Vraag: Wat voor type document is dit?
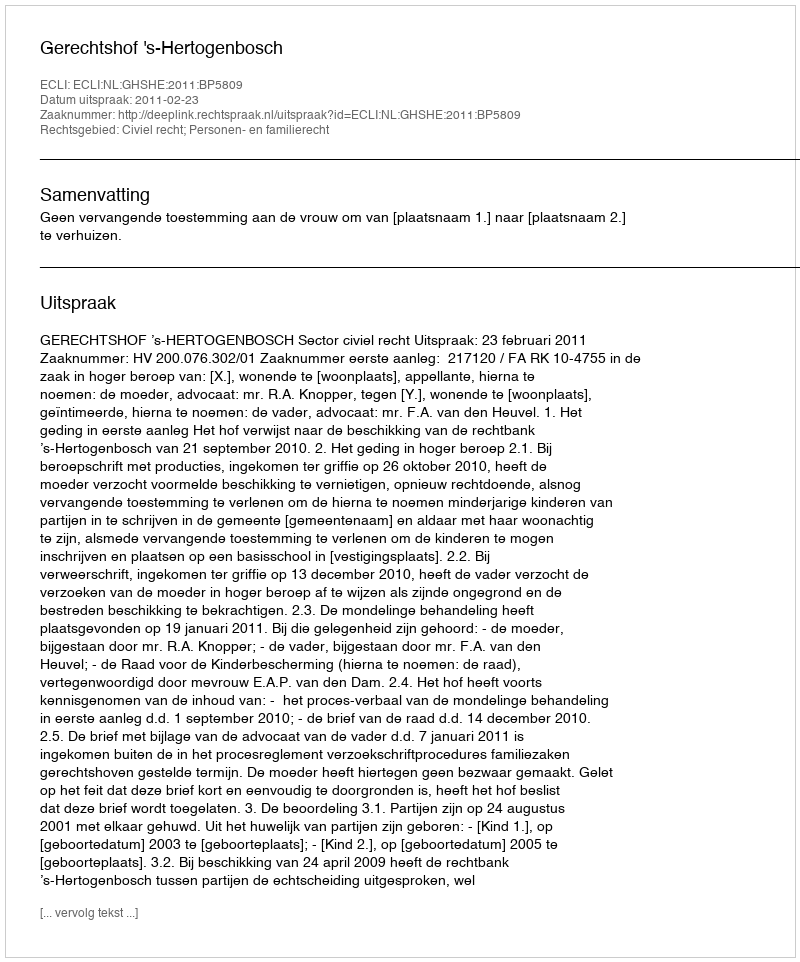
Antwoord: Uitspraak